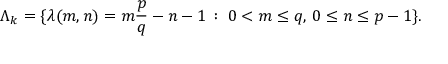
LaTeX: \Lambda _ { k } = \{ \lambda ( m , n ) = m \frac { p } { q } - n - 1 \, : \; 0 < m \leq q , \, 0 \leq n \leq p - 1 \} .